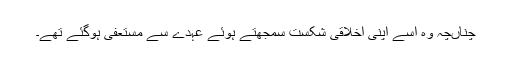
چناںچہ وہ اسے اپنی اخلاقی شکست سمجھتے ہوئے عہدے سے مستعفی ہوگئے تھے۔